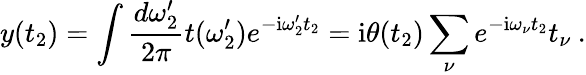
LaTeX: y(t_{2})=\int\frac{d\omega_{2}^{\prime}}{2\pi}t(\omega_{2}^{\prime})e^{-\mathrm{i}\omega_{2}^{\prime}t_{2}}=\mathrm{i}\theta(t_{2})\sum_{\nu}e^{-\mathrm{i}\omega_{\nu}t_{2}}t_{\nu}\: .